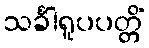
သင်္ခါရူပပတ္တိံ